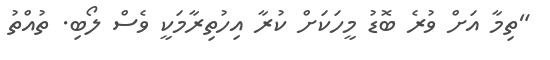
"ތިމާ އަށް ވުރެ ބޮޑު މީހަކަށް ކުރާ އިހުތިރާމަކީ ވެސް ލޯބި. ތުއްތު